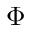
\Phi